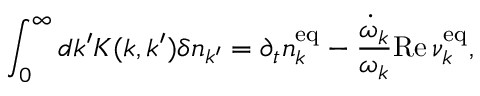
\int _ { 0 } ^ { \infty } d k ^ { \prime } K ( k , k ^ { \prime } ) \delta n _ { k ^ { \prime } } = \partial _ { t } n _ { k } ^ { \mathrm { e q } } - \frac { \dot { \omega } _ { k } } { \omega _ { k } } { \mathrm { R e } } \, \nu _ { k } ^ { \mathrm { e q } } ,